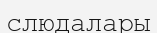
слюдалары